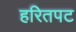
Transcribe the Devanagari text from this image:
हरितपट